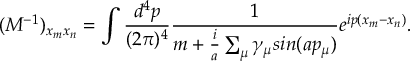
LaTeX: ( M ^ { - 1 } ) _ { x _ { m } x _ { n } } = \int \frac { d ^ { 4 } p } { ( 2 { \pi } ) ^ { 4 } } \frac { 1 } { m + \frac { i } { a } \sum _ { \mu } { \gamma } _ { \mu } s i n ( a p _ { \mu } ) } e ^ { i p ( x _ { m } - x _ { n } ) } .